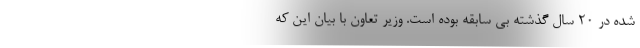
شده در 20 سال گذشته بی سابقه بوده است. وزیر تعاون با بیان این که